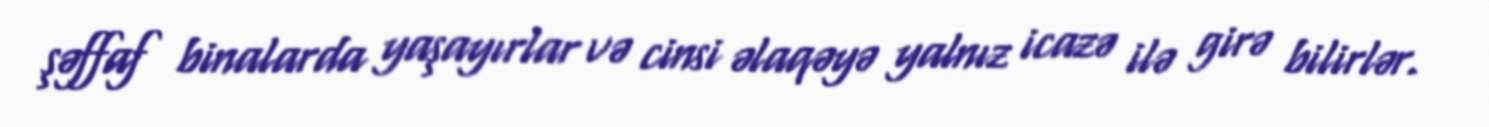
şəffaf binalarda yaşayırlar və cinsi əlaqəyə yalnız icazə ilə girə bilirlər.